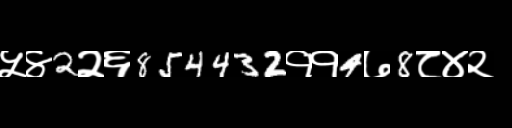
Text: ५४2२६854432११4७8८४२